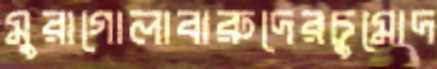
মুরাগোলাবারুদেরচুমোদ